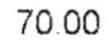
70.00